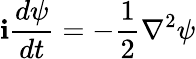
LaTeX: \mathbf{i}\frac{{d\psi}}{{dt}}=-\frac{{1}}{{2}}\nabla^{2}\psi